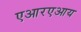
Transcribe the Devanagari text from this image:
एआरएआय